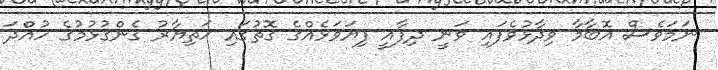
ނަމަވެސް އޮބާމާ ވިދާޅުވެފައި ވަނީ ދިފާއީ ފިޔަވަޅެއްގެ ގޮތުގައި ހަތިޔާރު ގެންގުޅުމުގެ ހުއްދަ